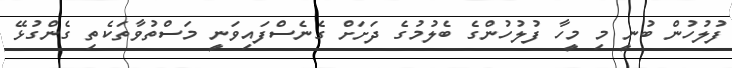
ފުލުހުން ބުނީ މި މީހާ ފުލުހުންގެ ބެލުމުގެ ދަށަށް ގެނެސްފައިވަނީ މަސްތުވާތަކެތި ގެންގުޅޭ